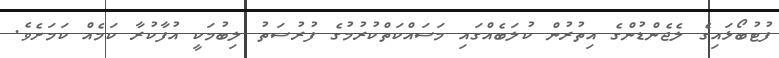
ފުޓުބޯޅައިގެ ލެޖެންޑުންގެ އިތުރުން ކުލަބެއްގައި މަސައްކަތްކުރުމުގެ ފުރުސަތު ލިބުމަކީ އުފާކުރާ ކަމެއް ކަމަށެވެ.